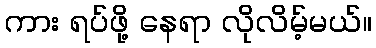
ကား ရပ်ဖို့ နေရာ လိုလိမ့်မယ်။